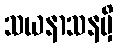
သယနာသနမှိ